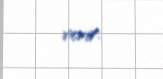
verir.